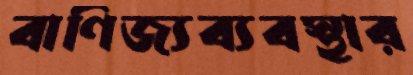
বাণিজ্যব্যবস্থার